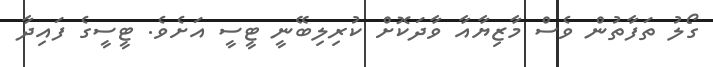
ގޯލު ތަފާތުން ވެސް މާޒިޔާއާ ވާދަކޮށް ކުރިލިބޭނީ ޓީސީ އަށެވެ. ޓީސީގެ ފައިދާ